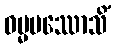
ဓမ္မမဿောသိံ